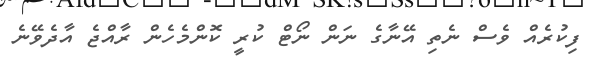
ފިކުރެއް ވެސް ނެތި އޭނާގެ ނަން ނޯޓް ކުރީ ކޮންމެހެން ރާއްޖެ އާދެވޭނެ